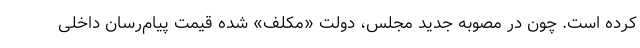
کرده است. چون در مصوبه جدید مجلس، دولت «مکلف» شده قیمت پیام‌رسان داخلی